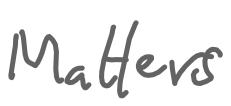
Text: Matters
Cross-out: clean
Writing tool: digital_gray